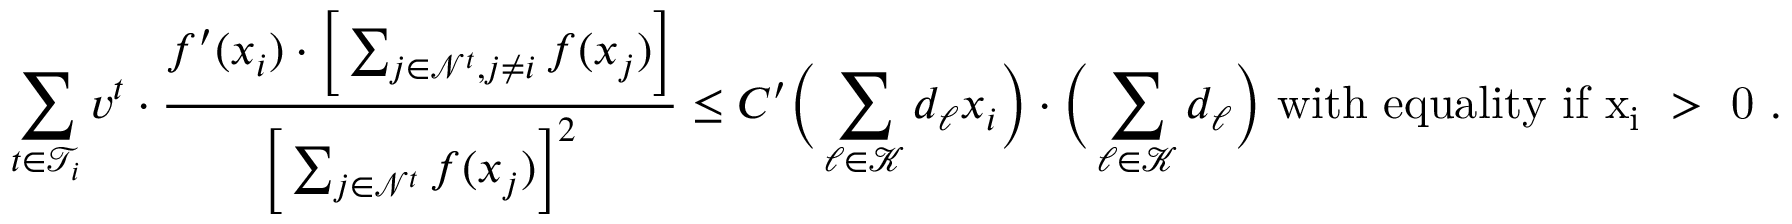
\sum _ { t \in \mathcal { T } _ { i } } v ^ { t } \cdot \frac { f ^ { \prime } ( x _ { i } ) \cdot \Big [ \sum _ { j \in \mathcal { N } ^ { t } , j \ne i } f ( x _ { j } ) \Big ] } { \Big [ \sum _ { j \in \mathcal { N } ^ { t } } f ( x _ { j } ) \Big ] ^ { 2 } } \le C ^ { \prime } \Big ( \sum _ { \ell \in \mathcal { K } } d _ { \ell } x _ { i } \Big ) \cdot \Big ( \sum _ { \ell \in \mathcal { K } } d _ { \ell } \Big ) \mathrm { ~ w i t h ~ e q u a l i t y ~ i f ~ x _ i ~ > ~ 0 ~ } .